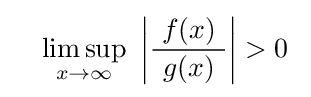
\quad \limsup _{x\to \infty }\ \left|{\frac {\ f(x)\ }{g(x)}}\right|>0~